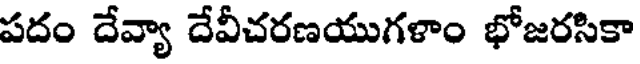
పదం దేవ్యా దేవీచరణయుగళాం భోజరసికా